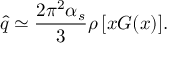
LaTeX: \widehat { q } \simeq { \frac { 2 \pi ^ { 2 } \alpha _ { s } } { 3 } } \rho \, [ x G ( x ) ] .